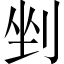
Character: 剉